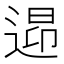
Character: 𲅠